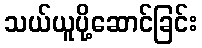
သယ်ယူပို့ဆောင်ခြင်း